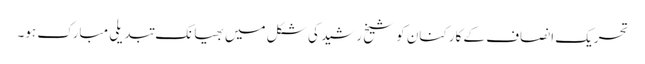
تحریک انصاف کے کارکنان کو شیخ رشید کی شکل میں بھیانک تبدیلی مبارک ہو۔